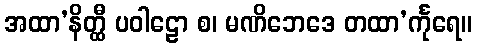
အထာ’နိတ္ထီ ပဝါဠော စ၊ မဏိဘေဒေ တထာ’င်္ကုရေ။